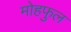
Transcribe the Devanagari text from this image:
मोहफुल